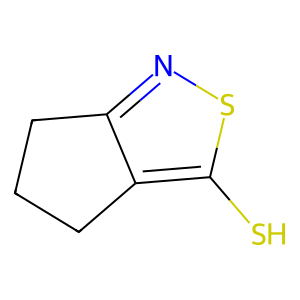
SMILES: Sc1snc2c1CCC2
Inhibits HIV replication: No